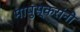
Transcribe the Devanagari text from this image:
मापुस्करांनी